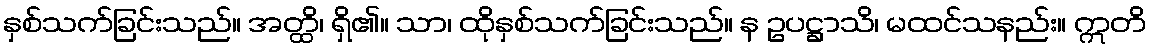
နှစ်သက်ခြင်းသည်။ အတ္ထိ၊ ရှိ၏။ သာ၊ ထိုနှစ်သက်ခြင်းသည်။ န ဥပဋ္ဌာသိ၊ မထင်သနည်း။ ဣတိ